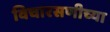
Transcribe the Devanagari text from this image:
विचारसणीच्या